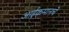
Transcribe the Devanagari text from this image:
आईकमानचे